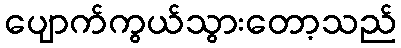
ပျောက်ကွယ်သွားတော့သည်